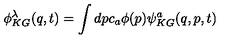
\phi _ { K G } ^ { \lambda } ( q , t ) = \int d p c _ { a } \phi ( p ) \psi _ { K G } ^ { a } ( q , p , t )